Indian journal of veterinary science and animal husbandry - Volumes 18-21, 1948-1951
Year: 1948
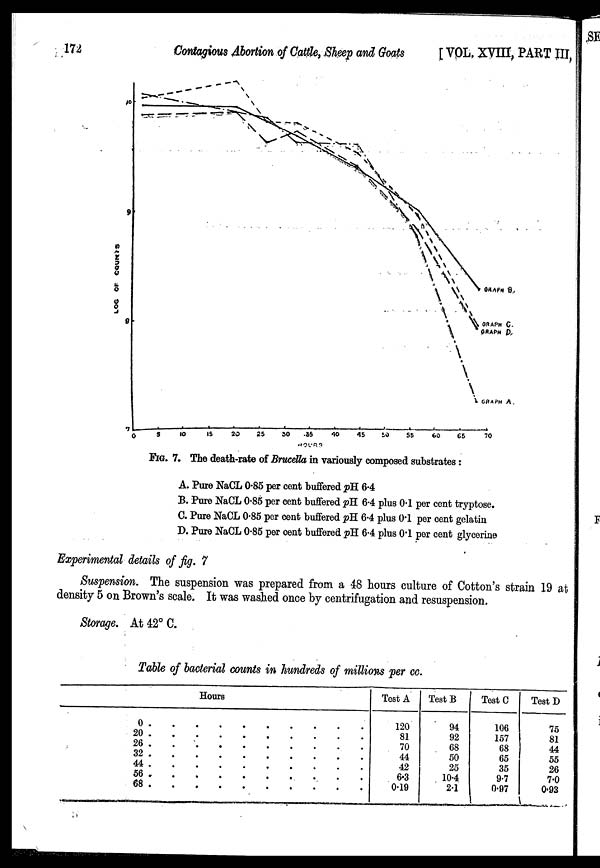
172
Contagious Abortion of Cattle, Sheep and Goats [VOL. XVIII, PART III,
FIG. 7. The death-rate of Brucella in variously composed substrates:
A. Pure NaCL 0.85 per cent buffered pH 6.4
B. Pure NaCL 0.85 per cent buffered pH 6.4 plus 0.1 per cent tryptose.
C. Pure NaCL 0.85 per cent buffered pH 6.4 plus 0.1 per cent gelatin
D. Pure NaCL 0.85 per cent buffered pH 6.4 plus 0.1 per cent glycerine
Experimental details of fig. 7
Suspension. The suspension was prepared from a 48 hours culture of Cotton's strain 19 at
density 5 on Brown's scale. It was washed once by centrifugation and resuspension.
Storage. At 42°C.
Table of bacterial counts in hundreds of millions per cc.
Hours
0
.
.
.
.
.
.
.
.
.
.
20
.
.
.
.
.
.
.
.
.
.
26 . . . . . . . . . .
32 . . . . . . . . . .
44 . . . . . . . . . .
56 . . . . . . . . . .
68
.
.
.
.
.
.
.
.
.
.
Test A
120
81
70
44
42
6.3
0.19
Test B
94
92
68
50
25
10.4
2.1
Test C
106
157
68
65
35
9.7
0.97
Test D
75
81
44
55
26
7.0
0.93